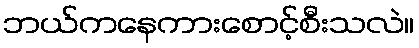
ဘယ်ကနေကားစောင့်စီးသလဲ။